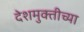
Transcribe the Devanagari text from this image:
देशमुक्तीच्या